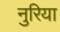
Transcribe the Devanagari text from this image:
नुरिया